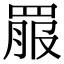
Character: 𦋉